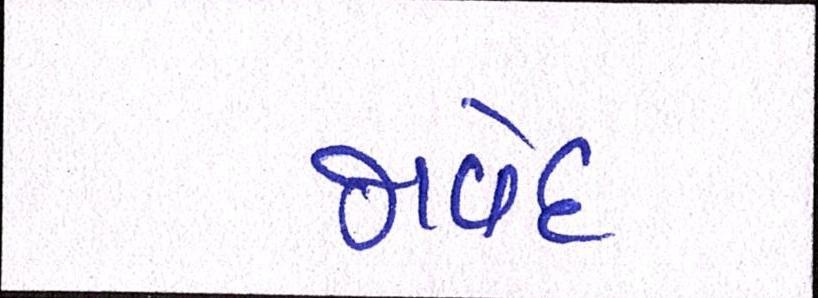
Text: જાવેદ